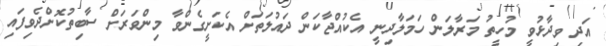
އަދި ވިދާޅުވީ މުހީތު މަރާލަން ހަމަލާދިނީ އެކުއްޖާކަން ދައުލަތަށް އެކަށީގެންވާ މިންވަރަށް ސާބިތުކޮށްދެވިފައި